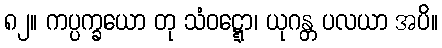
၈၂။ ကပ္ပက္ခယော တု သံဝဋ္ဋော၊ ယုဂန္တ ပလယာ အပိ။